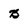
Character: B